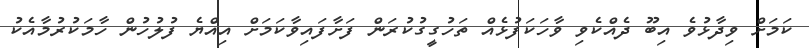
ކަމަށް ވިދާޅުވެ އިބޫ ދެއްކެވި ވާހަކަފުޅެއް ތަހުގީގުކުރަން ފަށާފައިވާކަމަށް އިއްޔެ ފުލުހުން ހާމަކުރުމާއެކު